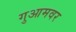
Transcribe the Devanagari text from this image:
गुआमवर